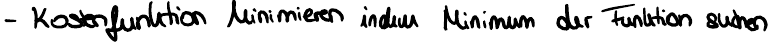
- Kostenfunktion Minimieren indem Minimum der Funktion suchen